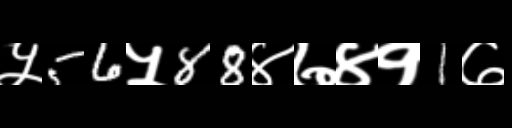
Text: ५56५88४७४१1७